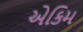
એકિમ